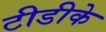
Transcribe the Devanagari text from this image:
टीडीके